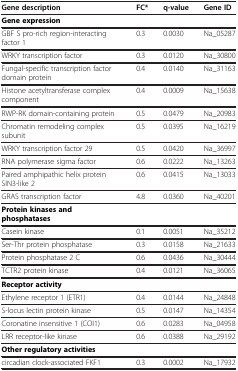
| Gene description | FC* | q-value | Gene ID |
 | --- | --- | --- | --- |
 | Gene expression |  |  |  |
 | GBF S pro-rich region-interacting factor 1 | 0.3 | 0.0030 | Na_05287 |
 | WRKY transcription factor | 0.3 | 0.0120 | Na_30800 |
 | Fungal-specific transcription factor domain protein | 0.4 | 0.0140 | Na_31163 |
 | Histone acetyltransferase complex component | 0.4 | 0.0009 | Na_15638 |
 | RWP-RK domain-containing protein | 0.5 | 0.0479 | Na_20983 |
 | Chromatin remodeling complex subunit | 0.5 | 0.0395 | Na_16219 |
 | WRKY transcription factor 29 | 0.5 | 0.0420 | Na_36997 |
 | RNA polymerase sigma factor | 0.6 | 0.0222 | Na_13263 |
 | Paired amphipathic helix protein SIN3-like 2 | 0.6 | 0.0415 | Na_13033 |
 | GRAS transcription factor | 4.8 | 0.0360 | Na_40201 |
 | Protein kinases and phosphatases |  |  |  |
 | Casein kinase | 0.1 | 0.0051 | Na_35212 |
 | Ser-Thr protein phosphatase | 0.3 | 0.0158 | Na_21633 |
 | Protein phosphatase 2 C | 0.6 | 0.0436 | Na_30444 |
 | TCTR2 protein kinase | 0.4 | 0.0121 | Na_36065 |
 | Receptor activity |  |  |  |
 | Ethylene receptor 1 (ETR1) | 0.4 | 0.0144 | Na_24848 |
 | S-locus lectin protein kinase | 0.5 | 0.0147 | Na_14354 |
 | Coronatine insensitive 1 (COI1) | 0.6 | 0.0283 | Na_04958 |
 | LRR receptor-like kinase | 0.6 | 0.0388 | Na_29192 |
 | Other regulatory activities |  |  |  |
 | circadian clock-associated FKF1 | 0.3 | 0.0002 | Na_17932 |